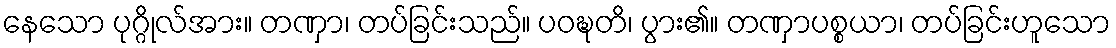
နေသော ပုဂ္ဂိုလ်အား။ တဏှာ၊ တပ်ခြင်းသည်။ ပဝဍ္ဎတိ၊ ပွား၏။ တဏှာပစ္စယာ၊ တပ်ခြင်းဟူသော